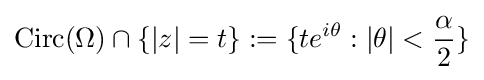
\operatorname {Circ} (\Omega )\cap \{|z|=t\}:=\{te^{i\theta }:|\theta |<{\frac {\alpha }{2}}\}